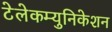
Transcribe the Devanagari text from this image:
टेलेकम्युनिकेशन